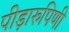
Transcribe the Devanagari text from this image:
पीड़ारुपिणी